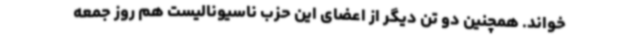
خواند. همچنین دو تن دیگر از اعضای این حزب ناسیونالیست هم روز جمعه